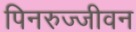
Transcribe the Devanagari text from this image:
पिनरुज्जीवन